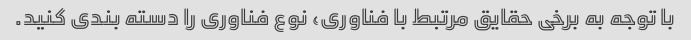
با توجه به برخی حقایق مرتبط با فناوری، نوع فناوری را دسته بندی کنید.